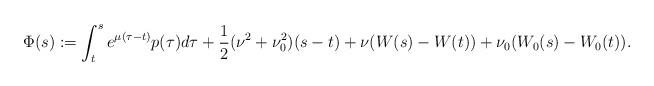
LaTeX: \begin{align*}\Phi(s) := \int_t^s e^{\mu(\tau-t)}p(\tau)d\tau + \frac{1}{2}(\nu^2+\nu_0^2)(s-t) + \nu (W(s)-W(t))+\nu_0 (W_0(s)-W_0(t)).\end{align*}